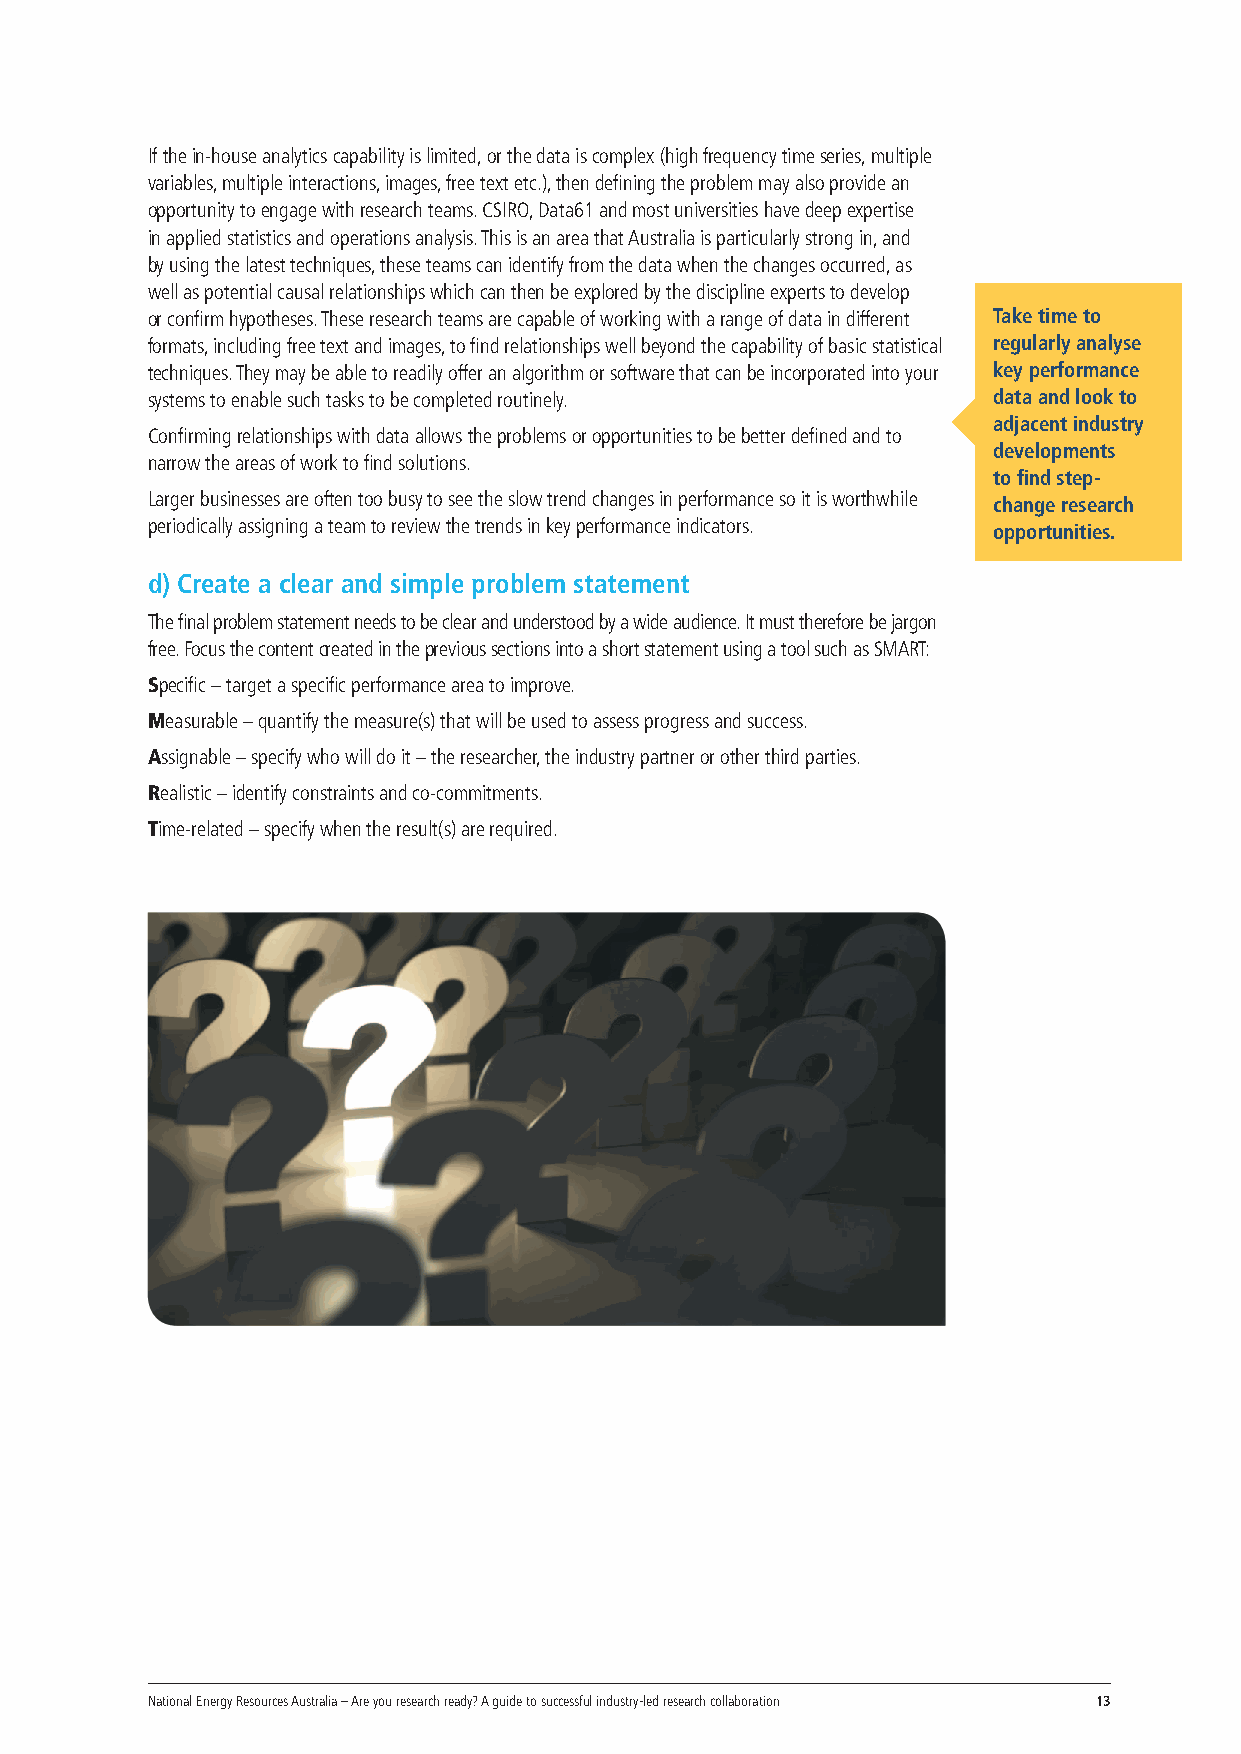
If the in-house analytics capability is limited, or the data is complex (high frequency time series, multiple
 variables, multiple interactions, images, free text etc.), then defining the problem may also provide an
 opportunity to engage with research teams. CSIRO, Data61 and most universities have deep expertise
 in applied statistics and operations analysis. This is an area that Australia is particularly strong in, and
 by using the latest techniques, these teams can identify from the data when the changes occurred, as
 well as potential causal relationships which can then be explored by the discipline experts to develop
 or confirm hypotheses. These research teams are capable of working with a range of data in different Take time to
 formats, including free text and images, to find relationships well beyond the capability of basic statistical regularly analyse
 techniques. They may be able to readily offer an algorithm or software that can be incorporated into your key performance
 systems to enable such tasks to be completed routinely. data and look to
 adjacent industry
 Confirming relationships with data allows the problems or opportunities to be better defined and to
 developments
 narrow the areas of work to find solutions.
 to find step-
 Larger businesses are often too busy to see the slow trend changes in performance so it is worthwhile
 change research
 periodically assigning a team to review the trends in key performance indicators.
 opportunities.
 d) Create a clear and simple problem statement
 The final problem statement needs to be clear and understood by a wide audience I.t must therefore be jargon
 free. Focus the content created in the previous sections into a short statement using a tool such as SMART:
 Specific – target a specific performance area to improve.
 Measurable – quantify the measure(s) that will be used to assess progress and success.
 Assignable – specify who will do it – the researcher, the industry partner or other third parties.
 Realistic – identify constraints and co-commitments.
 Time-related – specify when the result(s) are required.
 National Energy Resources Australia – Are you research ready? A guide to successful industry-led research collaboration 13